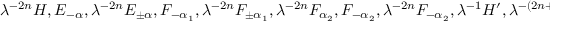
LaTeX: \lambda ^ { - 2 n } H , E _ { - \alpha } , \lambda ^ { - 2 n } E _ { \pm \alpha } , F _ { - \alpha _ { 1 } } , \lambda ^ { - 2 n } F _ { \pm \alpha _ { 1 } } , \lambda ^ { - 2 n } F _ { \alpha _ { 2 } } , F _ { - \alpha _ { 2 } } , \lambda ^ { - 2 n } F _ { - \alpha _ { 2 } } , \lambda ^ { - 1 } H ^ { \prime } , \lambda ^ { - ( 2 n + 1 ) } H ^ { \prime } , ~ ~ n > 0